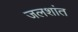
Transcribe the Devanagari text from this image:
जलशांत